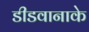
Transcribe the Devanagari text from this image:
डीडवानाके